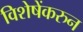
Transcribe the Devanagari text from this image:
विशेषेंकरुन